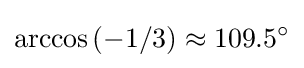
\arccos \left(-1/3\right)\approx 109.5^{\circ }